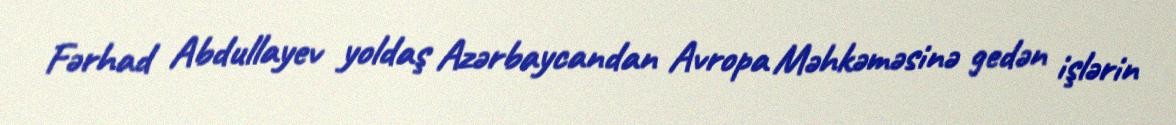
Fərhad Abdullayev yoldaş Azərbaycandan Avropa Məhkəməsinə gedən işlərin